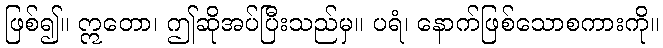
ဖြစ်၍။ ဣတော၊ ဤဆိုအပ်ပြီးသည်မှ။ ပရံ၊ နောက်ဖြစ်သောစကားကို။